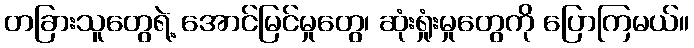
တခြားသူတွေရဲ့ အောင်မြင်မှုတွေ၊ ဆုံးရှုံးမှုတွေကို ပြောကြမယ်။